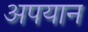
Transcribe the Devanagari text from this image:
अपयान